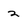
Character: 2